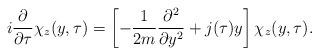
LaTeX: \begin{align*}i \frac{\partial}{\partial \tau} \chi_z (y, \tau) = \left[ - \frac{1}{2 m} \frac{\partial^2}{\partial y^2} + j(\tau) y \right] \chi_z (y, \tau).\end{align*}